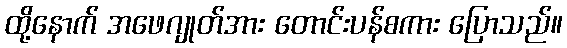
ထို့နောက် အဖေဂျုတ်အား တောင်းပန်စကား ပြောသည်။